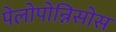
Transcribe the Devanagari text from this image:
पेलोपोन्निसोस